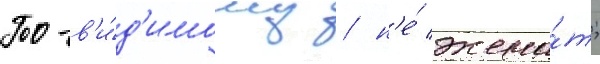
По-в'и́д'имому / н'е́ жена́т;